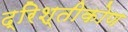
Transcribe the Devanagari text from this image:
द्रिश्तीकोण